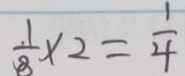
\frac { 1 } { 8 } \times 2 = \frac { 1 } { 4 }